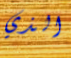
الذي